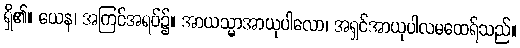
ရှိ၏။ ယေန၊ အကြင်အရပ်၌။ အာယသ္မာအာယုပါလော၊ အရှင်အာယုပါလမထေရ်သည်။